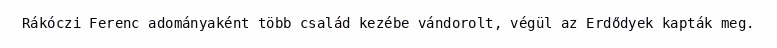
Rákóczi Ferenc adományaként több család kezébe vándorolt, végül az Erdődyek kapták meg.